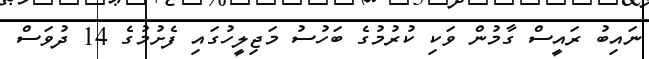
ނައިބު ރައީސް ގާމުން ވަކިި ކުރުމުގެ ބަހުސު މަޖިލީހުގައި ފެށުމުގެ 14 ދުވަސް